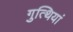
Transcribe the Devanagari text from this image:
गुत्थियां